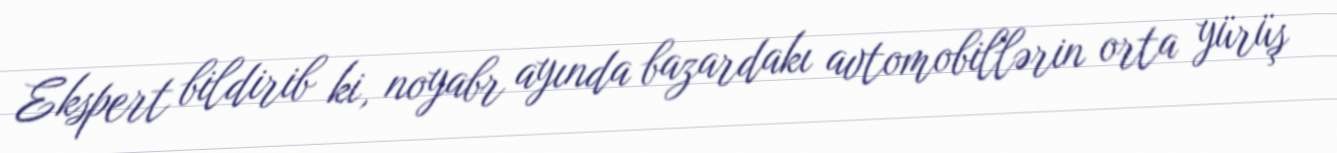
Ekspert bildirib ki, noyabr ayında bazardakı avtomobillərin orta yürüş